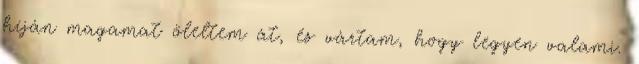
híján magamat öleltem át, és vártam, hogy legyen valami.